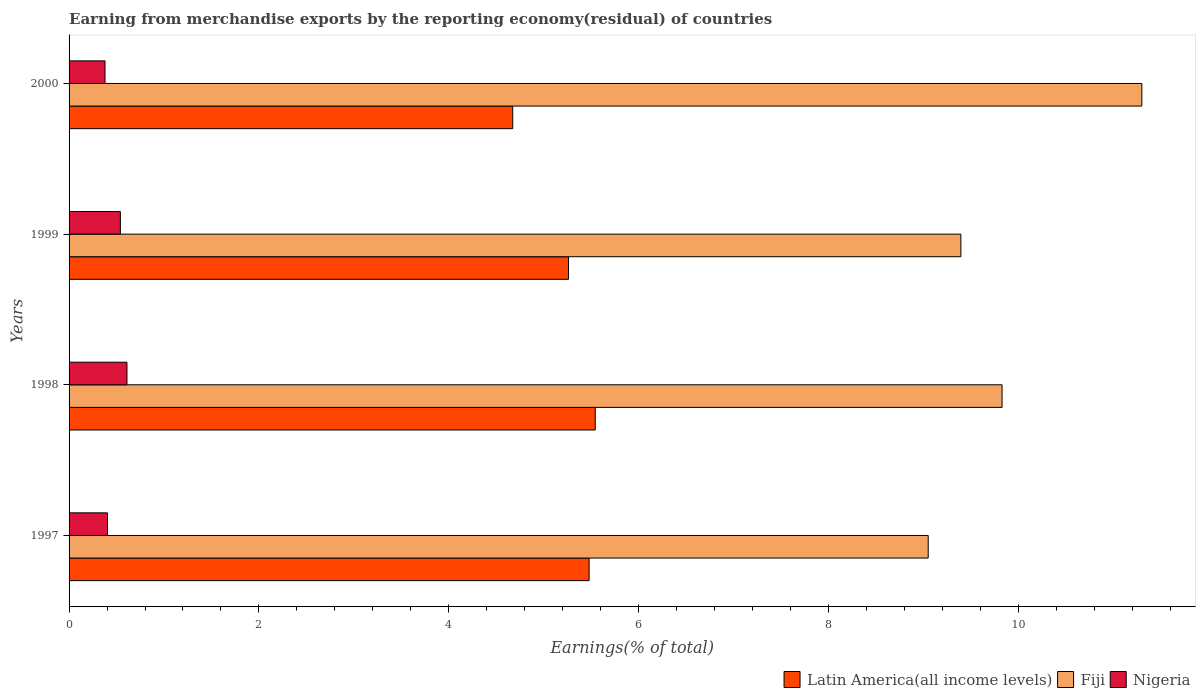
| Years | Latin America(all income levels) | Fiji | Nigeria |
 | --- | --- | --- | --- |
 | 1997 | 5.48 | 9.05 | 0.405 |
 | 1998 | 5.54 | 9.83 | 0.61 |
 | 1999 | 5.26 | 9.4 | 0.54 |
 | 2000 | 4.67 | 11.3 | 0.379 |